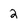
Character: 2